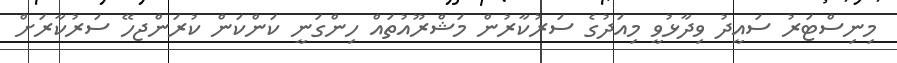
މިނިސްޓަރު ސައީދު ވިދާޅުވީ މިއަދުގެ ސަރުކާރުން މަޝްރޫއުތައް ހިންގަނީ ކަންކަން ކުރަންޖހޭ ސަރުކާރަށް